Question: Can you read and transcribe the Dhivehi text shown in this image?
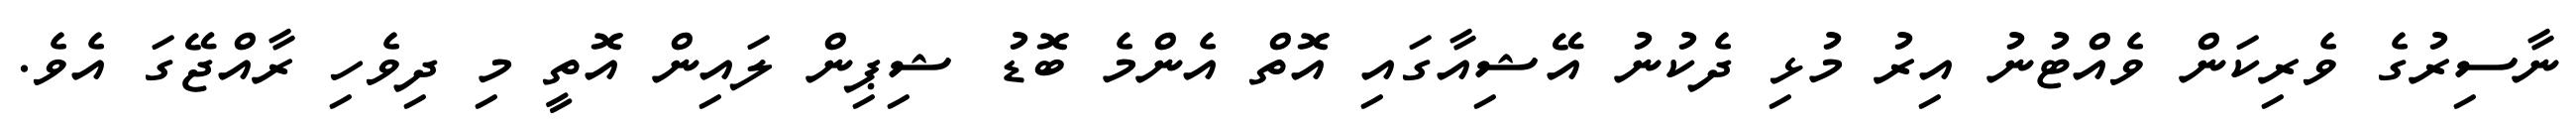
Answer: ނާސިރުގެ ވެރިކަން ވެއްޓުނު އިރު މުޅި ދެކުނު އޭޝިއާގައި އޮތް އެންމެ ބޮޑު ޝިޕިން ލައިން އޮތީ މި ދިވެހި ރާއްޖޭގަ އެވެ.